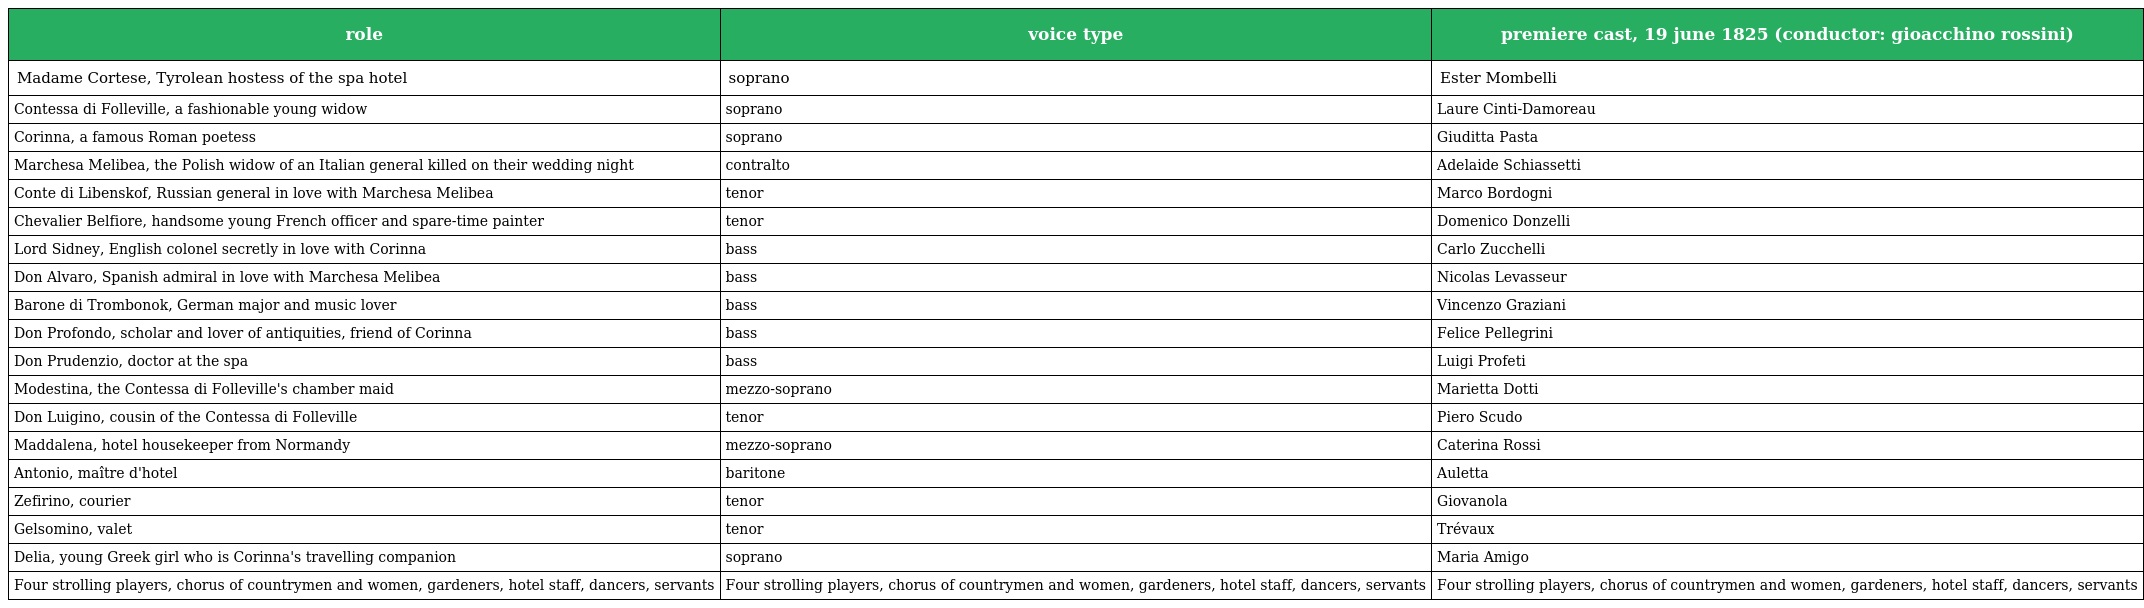
| role | voice type | premiere cast, 19 june 1825 (conductor: gioacchino rossini) |
 | --- | --- | --- |
 | Madame Cortese, Tyrolean hostess of the spa hotel | soprano | Ester Mombelli |
 | Contessa di Folleville, a fashionable young widow | soprano | Laure Cinti-Damoreau |
 | Corinna, a famous Roman poetess | soprano | Giuditta Pasta |
 | Marchesa Melibea, the Polish widow of an Italian general killed on their wedding night | contralto | Adelaide Schiassetti |
 | Conte di Libenskof, Russian general in love with Marchesa Melibea | tenor | Marco Bordogni |
 | Chevalier Belfiore, handsome young French officer and spare-time painter | tenor | Domenico Donzelli |
 | Lord Sidney, English colonel secretly in love with Corinna | bass | Carlo Zucchelli |
 | Don Alvaro, Spanish admiral in love with Marchesa Melibea | bass | Nicolas Levasseur |
 | Barone di Trombonok, German major and music lover | bass | Vincenzo Graziani |
 | Don Profondo, scholar and lover of antiquities, friend of Corinna | bass | Felice Pellegrini |
 | Don Prudenzio, doctor at the spa | bass | Luigi Profeti |
 | Modestina, the Contessa di Folleville's chamber maid | mezzo-soprano | Marietta Dotti |
 | Don Luigino, cousin of the Contessa di Folleville | tenor | Piero Scudo |
 | Maddalena, hotel housekeeper from Normandy | mezzo-soprano | Caterina Rossi |
 | Antonio, maître d'hotel | baritone | Auletta |
 | Zefirino, courier | tenor | Giovanola |
 | Gelsomino, valet | tenor | Trévaux |
 | Delia, young Greek girl who is Corinna's travelling companion | soprano | Maria Amigo |
 | Four strolling players, chorus of countrymen and women, gardeners, hotel staff, dancers, servants | Four strolling players, chorus of countrymen and women, gardeners, hotel staff, dancers, servants | Four strolling players, chorus of countrymen and women, gardeners, hotel staff, dancers, servants |